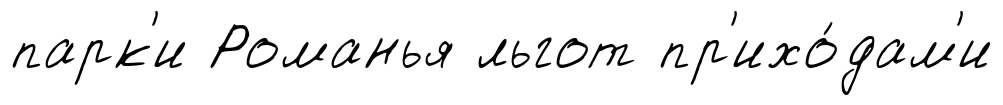
парк'и Романья льгот пр'ихо́дам'и